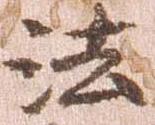
法